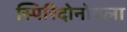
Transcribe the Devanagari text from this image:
स्पिरिदोनोवला